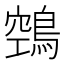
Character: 鵼